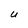
Character: U